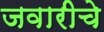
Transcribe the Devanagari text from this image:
जवारीचे